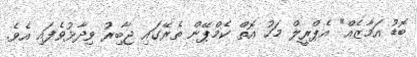
ބޮޑު އަމާޒެއް" އެޕްރީލް މަހު އޮތް ކެމްޕޭން ތެރޭގައި ޖާބިރު ވިދާޅުވެފައި އެވެ.